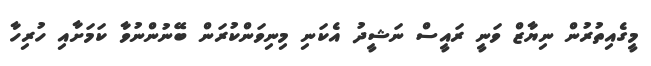
މީގެއިތުރުން ނިޔާޒް ވަނީ ރައީސް ނަޝީދު އެކަނި މިނިވަންކުރަން ބޭނުންނުވާ ކަމަށާއި ހުރިހާ